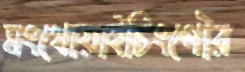
মংথোয়াইচিংগৌর